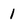
Character: 1